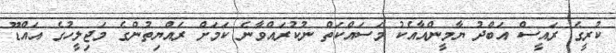
ކުރީގެ ރައީސް އަބްދު ޔާމީންއާއެކު މަސައްކަތް ނުކުރައްވާނެ ކަމަށް ރައްޔިތުންގެ މަޖިލީހުގެ އައްޑޫ